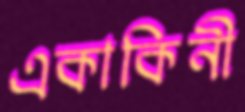
একাকিনী